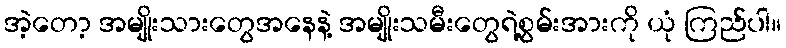
အဲ့တော့ အမျိုးသားတွေအနေနဲ့ အမျိုးသမီးတွေရဲ့စွမ်းအားကို ယုံ ကြည်ပါ။